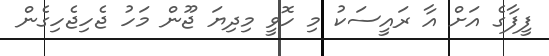
ފީފާގެ އަށް އާ ރައީސަކު މި ހޮވީ މިދިޔަ ޖޫން މަހު ޖެހިޖެހިގެން